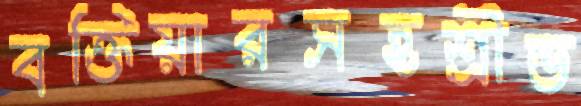
বক্তিয়ারসহশ্রীভ